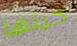
حينها